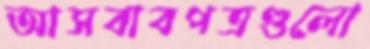
আসবাবপত্রগুলো